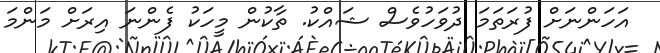
އަހަންނަށް ފުރަތަމަ ދުވަހުވެސް ޝައްކު. ތާކުން މީހަކު ފެންނަ އިރަށް މަންމަ